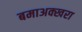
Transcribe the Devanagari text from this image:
बमाअक्खरा